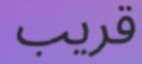
قريب